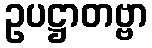
ဥပဋ္ဌာတဗ္ဗာ